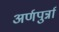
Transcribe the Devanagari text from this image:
अर्णपुर्न्ना